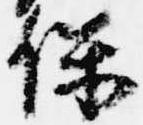
保